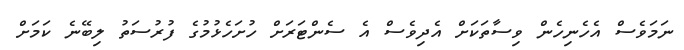
ނަމަވެސް އެހެނިހެން ވިސާތަކަށް އެދިވެސް އެ ސެންޓަރަށް ހުށަހެޅުމުގެ ފުރުސަތު ލިބޭނެ ކަމަށް